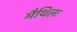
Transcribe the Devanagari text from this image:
मैथिलः